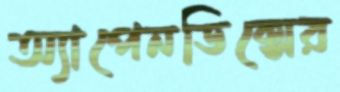
অ্যাপেনডিক্সের